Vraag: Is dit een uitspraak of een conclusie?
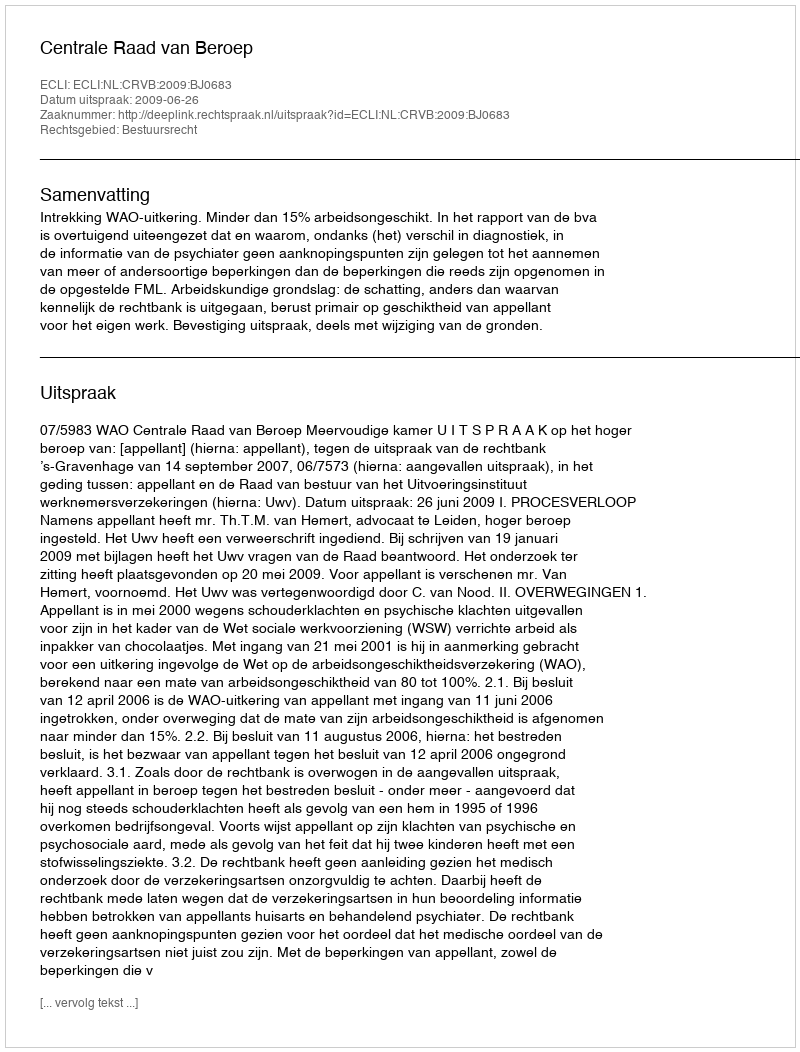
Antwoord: Uitspraak